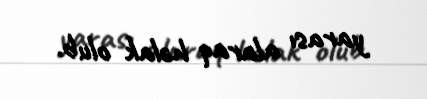
yarası alaraq həlak olub.